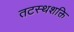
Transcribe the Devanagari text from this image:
तटस्थशक्ति